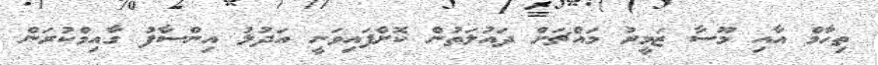
ތިހާމް އާއި މޫސާ ޒަމީރު މައްޗަށް ދައުލަތުން ކޮށްފައިވަނީ އަދުލު އިންސާފު ގާއިމްކުރަން